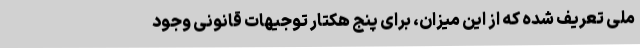
ملی تعریف شده که از این میزان، برای پنج هکتار توجیهات قانونی وجود